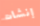
إنشات